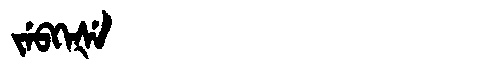
Manchu: ᠵᡝᠪᡴᡝᡧᡝ
Romanization: JEBKEŠE